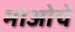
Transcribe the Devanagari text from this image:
माओचे